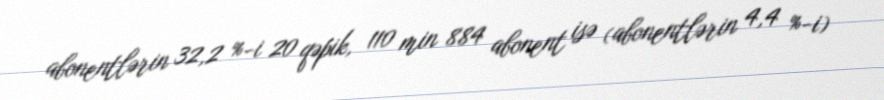
abonentlərin 32,2 %-i 20 qəpik, 110 min 884 abonent isə (abonentlərin 4,4 %-i)